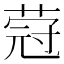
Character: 蒄